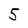
Character: 5